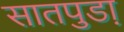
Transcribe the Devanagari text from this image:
सातपुडा़